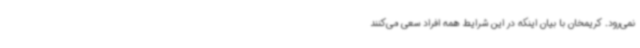
نمی‌رود. کریمخان با بیان اینکه در این شرایط همه افراد سعی می‌کنند